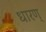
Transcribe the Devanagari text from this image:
धारण्